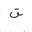
Letter: _qaf